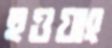
হুওয়াং